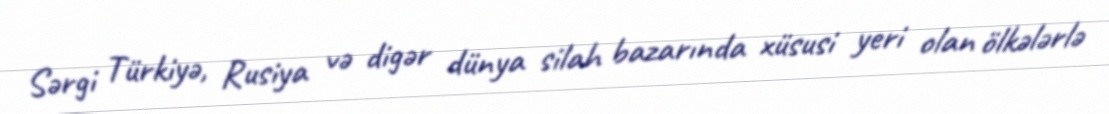
Sərgi Türkiyə, Rusiya və digər dünya silah bazarında xüsusi yeri olan ölkələrlə